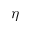
\eta